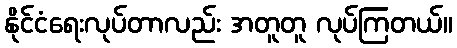
နိုင်ငံရေးလုပ်တာလည်း အတူတူ လုပ်ကြတယ်။